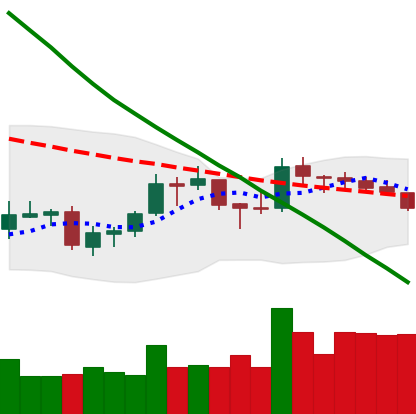
Ticker: LTC-USD
Chart end date: 2018-10-03
Forward return: 3.367%
Label: up_3_5